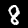
Digit: 8